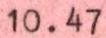
10.47